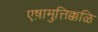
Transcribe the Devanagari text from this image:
एष़ामुत्तिक्कळि